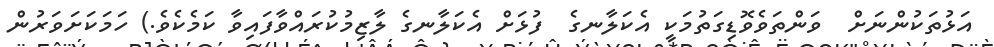
އަޅުތަކުންނަށް  ވަންތަވެވޮޑިގަތުމަކީ އެކަލާނގެ  ފުޅަށް އެކަލާނގެ ލާޒިމުކުރައްވާފައިވާ ކަމެކެވެ.) ހަމަކަށަވަރުން